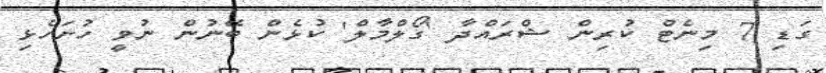
ގަޑި 7 މިނެޓް ކުރިން ޝްރައްދާ 'ގޯލްމާލް' ކުޅެން ބޭނުން ނުވީ ހުށަހެޅި